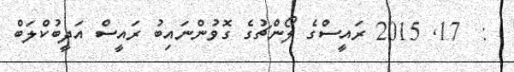
:  17